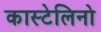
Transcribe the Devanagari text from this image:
कास्टेलिनो